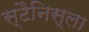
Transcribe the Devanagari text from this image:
स्टैनिस्ला